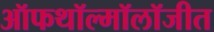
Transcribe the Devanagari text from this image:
ऑफथॉल्मॉलॉजीत